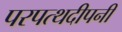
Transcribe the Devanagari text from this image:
परपत्थदीपनी